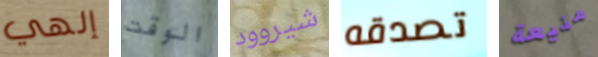
إلهي الوقت شيروود تصدقه منيعة